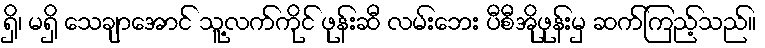
ရှိ၊ မရှိ သေချာအောင် သူ့လက်ကိုင် ဖုန်းဆီ လမ်းဘေး ပီစီအိုဖုန်းမှ ဆက်ကြည့်သည်။